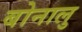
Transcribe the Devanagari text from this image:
बोनालु